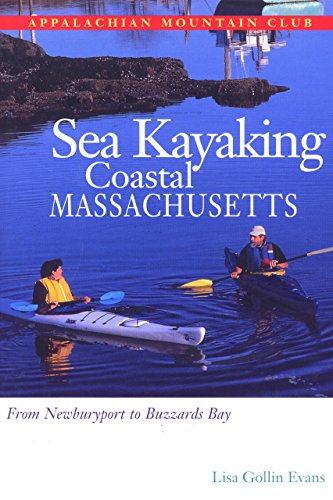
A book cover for Sea Kayaking Coastal Massachusetts: From Newburyport to Buzzard's Bay; Lisa Gollin Evans; Sports & Outdoors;